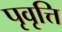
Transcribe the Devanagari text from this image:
पृवृत्ति